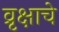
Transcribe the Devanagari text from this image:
व्रृक्षाचे